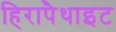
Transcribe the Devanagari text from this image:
हिरापैथाइट